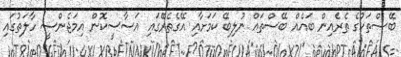
ބޭސްތަކުގެ ތެރެއިން ބައެއް ބޭސްތައް ނުލިބޭ ކަމަށާއި އޭގެތެރޭގައި އަސާސީކޮން އިމަޖެންސީ ހާލަތުގައި